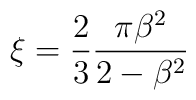
\xi={2\over 3}{\pi \beta^2\over 2-\beta^2}